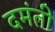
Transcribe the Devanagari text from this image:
दमंती